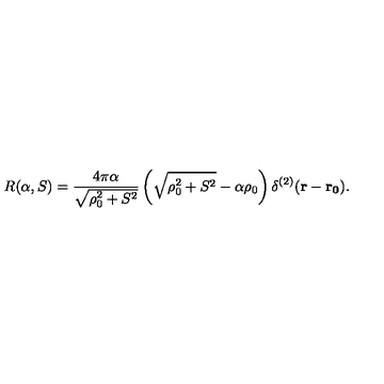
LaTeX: R ( \alpha , S ) = \frac { 4 \pi \alpha } { \sqrt { \rho _ { 0 } ^ { 2 } + S ^ { 2 } } } \left( \sqrt { \rho _ { 0 } ^ { 2 } + S ^ { 2 } } - \alpha \rho _ { 0 } \right) \delta ^ { ( 2 ) } ( { \bf { r } - { r _ { 0 } } ) } .